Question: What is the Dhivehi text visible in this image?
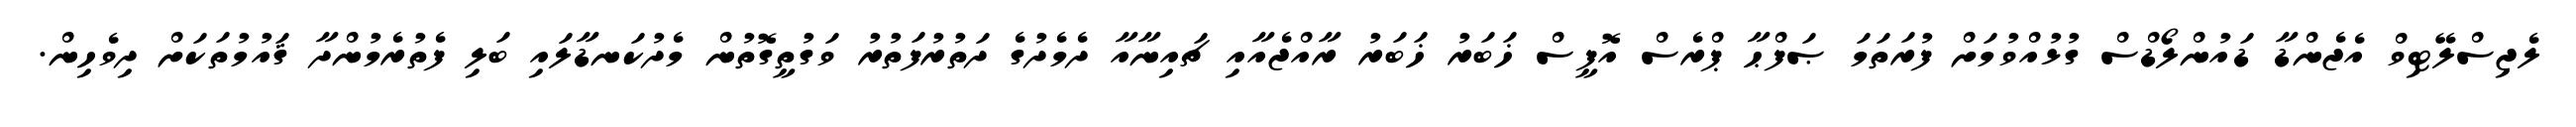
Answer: ލެޖިސްލޭޓިވް އެޖެންޑާ ޑައުންލޯޑްސް ގުޅުއްވުމަށް ފުރަތަމަ ޞަފްޙާ ޕްރެސް އޮފީސް ޚަބަރު ޚަބަރު ރާއްޖެއާއި ޗައިނާއާ ދެމެދުގެ ދަތުރުފަތުރު ވަގުތީގޮތުން މެދުކަނޑާލައި ބަލި ފެތުރެމުންދާ ޤައުމުތަކަށް ދިވެހިން.